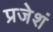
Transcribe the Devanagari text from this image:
प्रजेशं